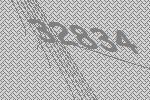
32834